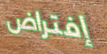
إفتراض